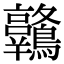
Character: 𪈋